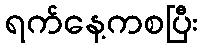
ရက်နေ့ကစပြီး